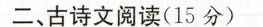
二、古诗文阅读(15分)